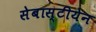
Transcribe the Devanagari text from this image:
सेबास्टीयेन